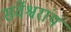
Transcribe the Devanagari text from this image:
सर्वेश्वरांय